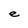
Character: e